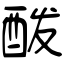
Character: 酦